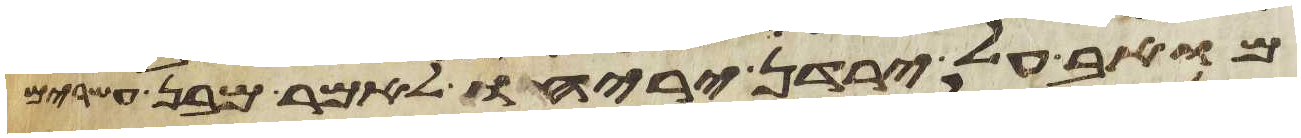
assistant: מואב על ירדן יריחו לאמר מבן עשרים